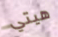
هيتي